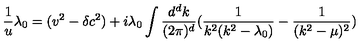
\frac { 1 } { u } \lambda _ { 0 } = ( v ^ { 2 } - \delta c ^ { 2 } ) + i \lambda _ { 0 } \int \frac { d ^ { d } k } { ( 2 \pi ) ^ { d } } ( \frac { 1 } { k ^ { 2 } ( k ^ { 2 } - \lambda _ { 0 } ) } - \frac { 1 } { ( k ^ { 2 } - \mu ) ^ { 2 } } )